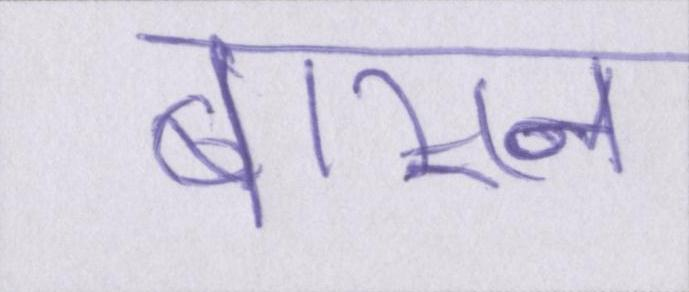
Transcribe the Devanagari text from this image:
बासन